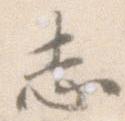
志